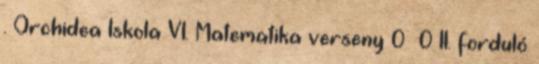
. Orchidea Iskola VI. Matematika verseny 0 0 II. forduló